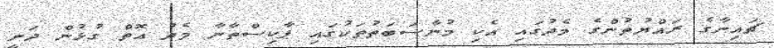
ޗައިނާގެ ރައްޔުތުންގެ މެދުގައި އެކި މުނާސަބަތުތަކުގައި ޕާކިސްތާނާ މެދު އޮތް ގުޅުން ދަނީ